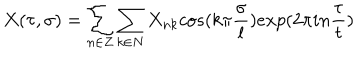
LaTeX: X ( \tau , \sigma ) = \sum _ { n \in Z } \sum _ { k \in N } X _ { n k } c o s ( k \pi \frac { \sigma } { l } ) e x p ( 2 \pi i n \frac { \tau } { t } )